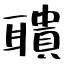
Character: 聵